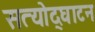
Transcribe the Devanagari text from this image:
सत्योद्घाटन